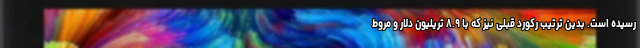
رسیده است. بدین ترتیب رکورد قبلی نیز که با ۸.۹ تریلیون دلار و مروط